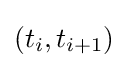
(t_{i},t_{i+1})